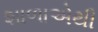
શાળાએથી